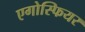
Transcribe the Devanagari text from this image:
एगोस्फियर